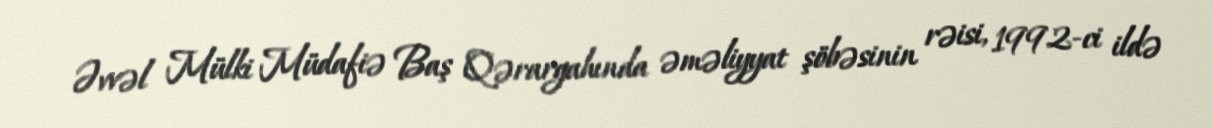
Əvvəl Mülki Müdafiə Baş Qərargahında əməliyyat şöbəsinin rəisi, 1992-ci ildə